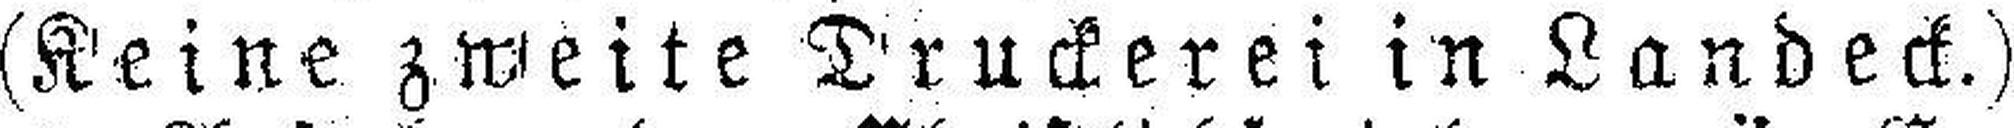
(Keine zweite Druckerei in Landeck.)